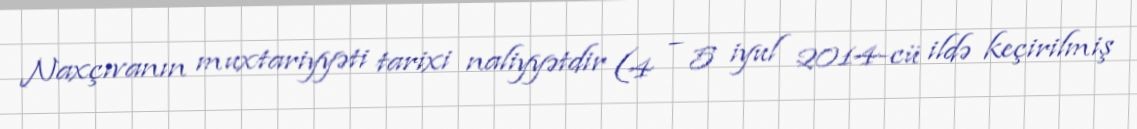
Naxçıvanın muxtariyyəti tarixi naliyyətdir (4 – 5 iyul 2014-cü ildə keçirilmiş